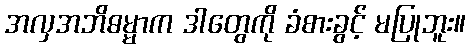
အလှအဘိဓမ္မာက ဒါတွေကို ခံစားခွင့် မပြုဘူး။